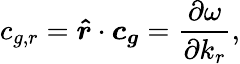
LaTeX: c_{g,r}=\boldsymbol{\hat{r}}\cdot\boldsymbol{c_{g}}=\frac{\partial\omega}{\partial k_{r}},